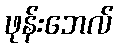
ဖုန်းဘေလ်